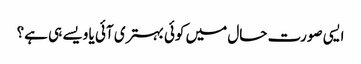
ایسی صورت حال میں کوئی بہتری آئی یا ویسے ہی ہے؟